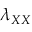
\lambda _ { X X }